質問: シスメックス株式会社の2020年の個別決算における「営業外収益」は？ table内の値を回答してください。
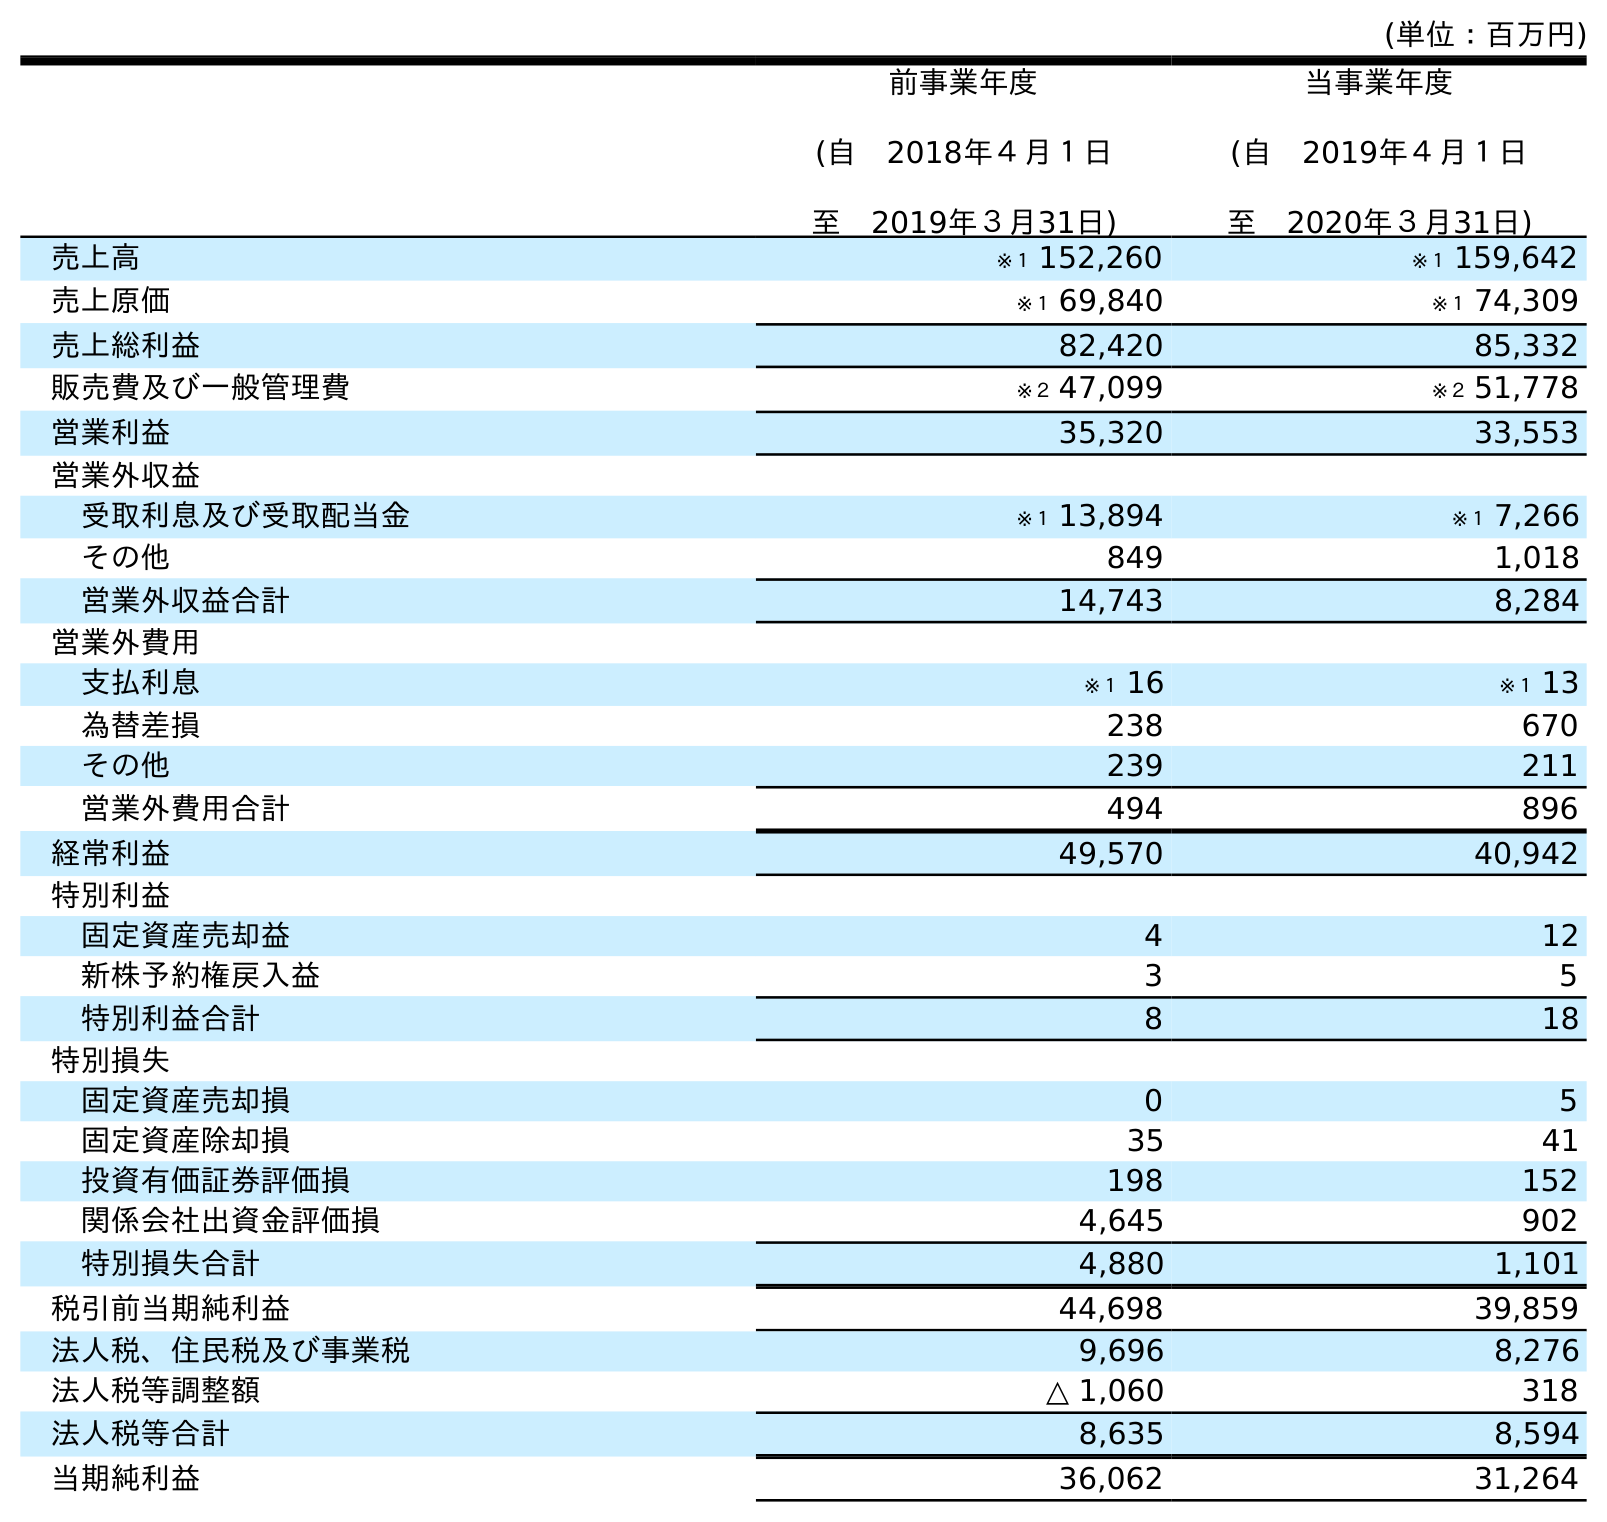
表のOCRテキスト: (単位：百万円) 前事業年度 (自 2018年４月１日 至 2019年３月31日) 当事業年度 (自 2019年４月１日 至 2020年３月31日) 売上高 ※１ 152,260 ※１ 159,642 売上原価 ※１ 69,840 ※１ 74,309 売上総利益 82,420 85,332 販売費及び一般管理費 ※２ 47,099 ※２ 51,778 営業利益 35,320 33,553 営業外収益 受取利息及び受取配当金 ※１ 13,894 ※１ 7,266 その他 849 1,018 営業外収益合計 14,743 8,284 営業外費用 支払利息 ※１ 16 ※１ 13 為替差損 238 670 その他 239 211 営業外費用合計 494 896 経常利益 49,570 40,942 特別利益 固定資産売却益 4 12 新株予約権戻入益 3 5 特別利益合計 8 18 特別損失 固定資産売却損 0 5 固定資産除却損 35 41 投資有価証券評価損 198 152 関係会社出資金評価損 4,645 902 特別損失合計 4,880 1,101 税引前当期純利益 44,698 39,859 法人税、住民税及び事業税 9,696 8,276 法人税等調整額 △ 1,060 318 法人税等合計 8,635 8,594 当期純利益 36,062 31,264
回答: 8,284